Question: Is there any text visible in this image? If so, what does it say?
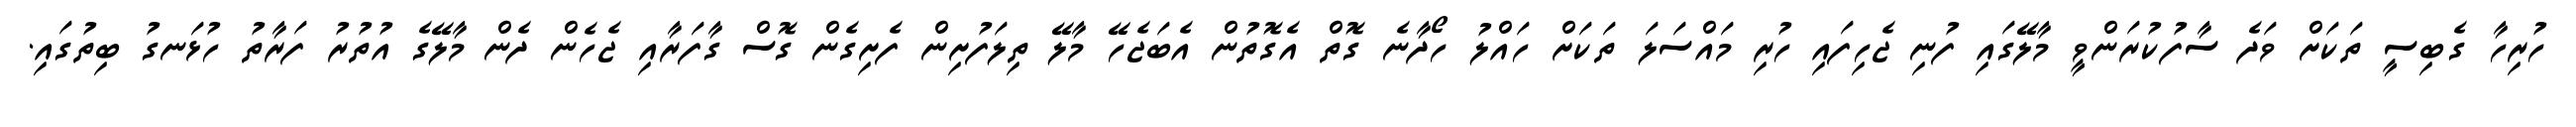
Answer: ހުރިހާ ގެބިސީ ތަކަށް ވަދެ ސާފުކުރަންވީ މާލޭގައި ފުނި ޖެހިފައި ހުރި މައްސަލަ ތަކަށް ހައްލު ހޯދާނެ ގޮތް އެގޮތުން އެބަޖެހޭ މާލޭ ތިލަފުށިން ފެށިގެން ގޮސް ގާފަރާއި ޖެހެން ދެން މާލޭގެ އުތުރު ފަރާތު ހުޅަނގު ބިތުގައި.